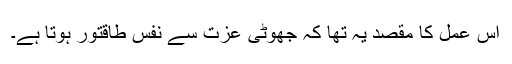
اس عمل کا مقصد یہ تھا کہ جھوٹی عزت سے نفس طاقتور ہوتا ہے۔